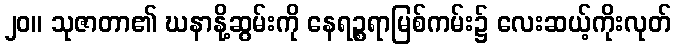
၂၀။ သုဇာတာ၏ ဃနာနို့ဆွမ်းကို နေရဉ္စရာမြစ်ကမ်း၌ လေးဆယ့်ကိုးလုတ်